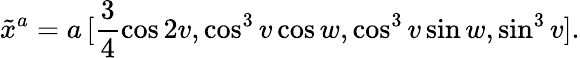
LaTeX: \tilde{x}^{a}=a\, [\frac{3}{4}\cos 2v,\cos^{3}v\cos w,\cos^{3}v\sin w,\sin^{3}v].